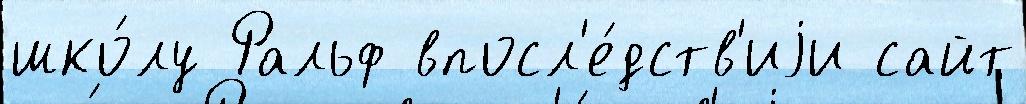
шко́лу Ральф впосл'е́дств'иjи сайт